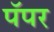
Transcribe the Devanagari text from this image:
पॅपर